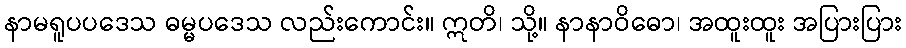
နာမရူပပဒေသ ဓမ္မပဒေသ လည်းကောင်း။ ဣတိ၊ သို့။ နာနာဝိဓော၊ အထူးထူး အပြားပြား